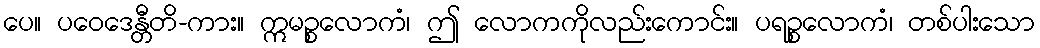
ပေ။ ပဝေဒေန္တီတိ-ကား။ ဣမဉ္စလောကံ၊ ဤ လောကကိုလည်းကောင်း။ ပရဉ္စလောကံ၊ တစ်ပါးသော